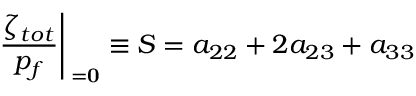
\left. \frac { \zeta _ { t o t } } { p _ { f } } \right| _ { \bf { \sigma } = \bf { 0 } } \equiv S = a _ { 2 2 } + 2 a _ { 2 3 } + a _ { 3 3 }